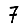
Digit: 7